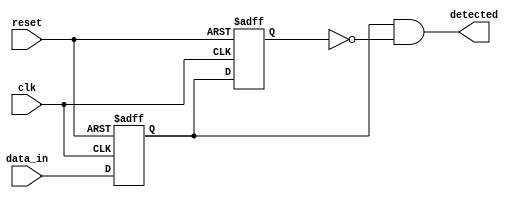
module dual_ff_detector (
    input wire clk,           // Clock input
    input wire reset,         // Asynchronous reset
    input wire data_in,       // Input data stream
    output reg detected       // Output signal indicating detection
);

    // Internal signals for the flip-flops
    reg ff1;                 // Output of first flip-flop
    reg ff2;                 // Output of second flip-flop

    // Flip-flop behavior with asynchronous reset
    always @(posedge clk or posedge reset) begin
        if (reset) begin
            ff1 <= 1'b0;     // Reset ff1 to 0
            ff2 <= 1'b0;     // Reset ff2 to 0
        end else begin
            ff1 <= data_in;  // Sample input data into ff1
            ff2 <= ff1;      // Propagate ff1 output to ff2
        end
    end

    // Combinational logic for detection
    always @(*) begin
        // Example detection logic: Detecting a rising edge
        detected = ff1 & ~ff2; // Output is high if ff1 is high and ff2 is low
    end

endmodule